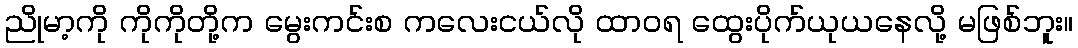
ညိုမာ့ကို ကိုကိုတို့က မွေးကင်းစ ကလေးငယ်လို ထာဝရ ထွေးပိုက်ယုယနေလို့ မဖြစ်ဘူး။